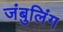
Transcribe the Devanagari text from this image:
जंबुलिंग